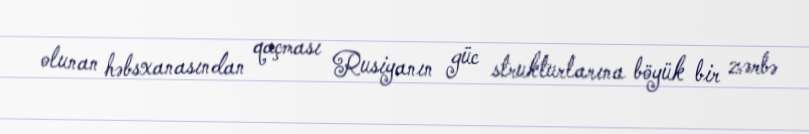
olunan həbsxanasından qaçması Rusiyanın güc strukturlarına böyük bir zərbə